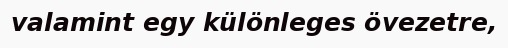
valamint egy különleges övezetre,